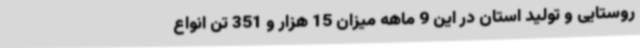
روستایی و تولید استان در این 9 ماهه میزان 15 هزار و 351 تن انواع